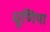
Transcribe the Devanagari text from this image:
धूणिया